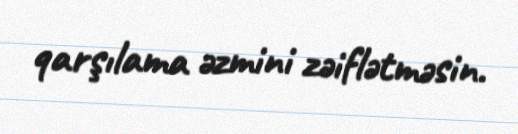
qarşılama əzmini zəiflətməsin.